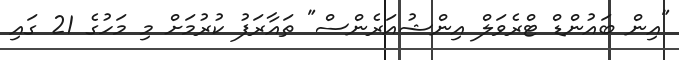
"އިން ބައުންޑް ޓްރެވަލް އިންޝުއަރެންސް" ތައާރަފު ކުރުމަށް މި މަހުގެ 21 ގައި